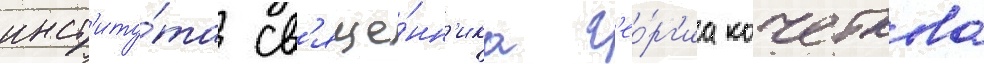
инст'иту́та св'яще́нн'ика г'ео́рг'иа кочеткова